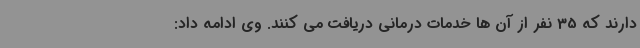
دارند که 35 نفر از آن ها خدمات درمانی دریافت می کنند. وی ادامه داد: